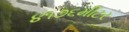
૪૧૭૬મીટર